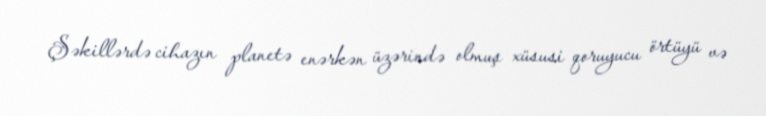
Şəkillərdə cihazın planetə enərkən üzərində olmuş xüsusi qoruyucu örtüyü və